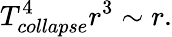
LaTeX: T_{collapse}^{4}r^{3}\sim r.